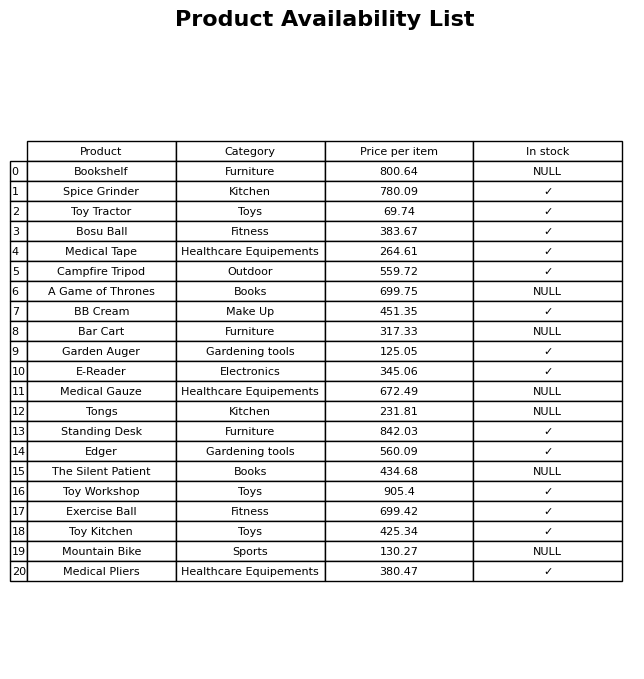
question: What is the price of the Bar Cart?
answer: The price of Bar Cart is 317.33.